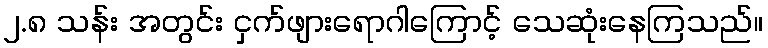
၂.၈ သန်း အတွင်း ငှက်ဖျားရောဂါကြောင့် သေဆုံးနေကြသည်။